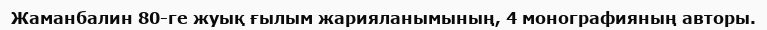
Жаманбалин 80-ге жуық ғылым жарияланымының, 4 монографияның авторы.